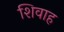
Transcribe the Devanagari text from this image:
शिवाह